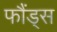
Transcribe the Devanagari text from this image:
फौंड्स